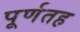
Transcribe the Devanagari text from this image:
पूर्णतह